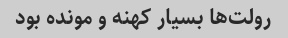
رولت‌ها بسیار کهنه و مونده بود